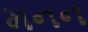
મનન